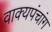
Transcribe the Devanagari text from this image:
वाक्यपंचांग